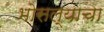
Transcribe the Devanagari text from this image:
भोसल्याचा